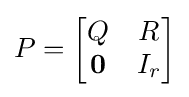
P={\begin{bmatrix}Q&R\\\mathbf {0} &I_{r}\end{bmatrix}}